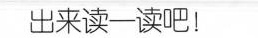
出来读一读吧！